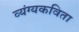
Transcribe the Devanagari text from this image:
व्यंग्यकविता